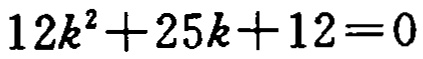
\(12k^{2}+25k + 12 = 0\)